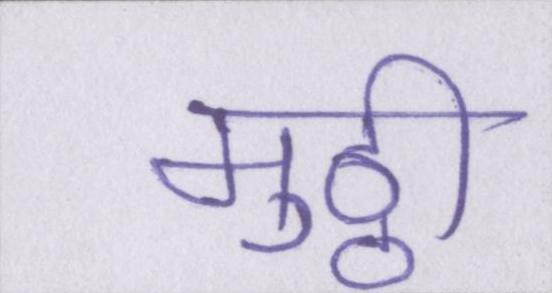
मुठ्ठी